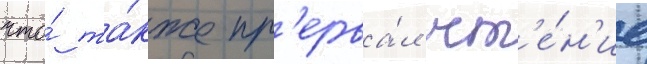
что́ та́кже пр'ерва́л чт'е́н'ие